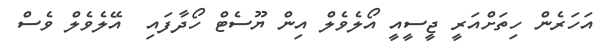
އަހަރެން ހިތަށްއަރީ ޖީސީއީ އޯލެވެލް އިން ޔޫސެޓް ހޯދާފައި  އޭލެވެލް ވެސް